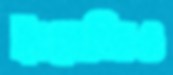
ইংরেজিও